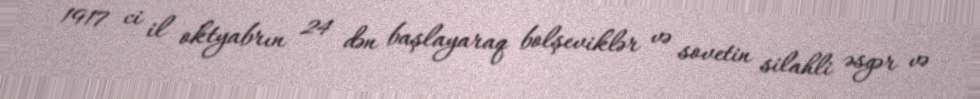
1917 ci il oktyabrın 24 dən başlayaraq bolşeviklər və sovetin silahli əsgər və